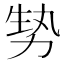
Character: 㔟